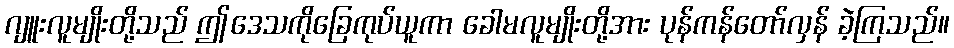
ဂျူးလူမျိုးတို့သည် ဤဒေသကိုခြေကုပ်ယူကာ ခေါမလူမျိုးတို့အား ပုန်ကန်တော်လှန် ခဲ့ကြသည်။